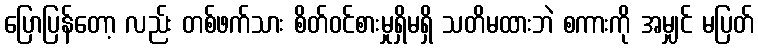
ပြောပြန်တော့ လည်း တစ်ဖက်သား စိတ်ဝင်စားမှုရှိမရှိ သတိမထားဘဲ စကားကို အမျှင် မပြတ်